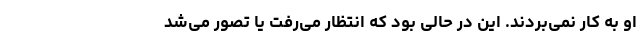
او به کار نمی‌بردند. این در حالی بود که انتظار می‌رفت یا تصور می‌شد